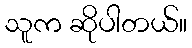
သူက ဆိုပါတယ်။